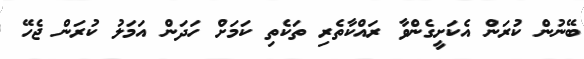
ބޭނުން ކުރަން އެކަށީގެންވާ ރައްކާތެރި ތަކެތި ކަމަށް ހަދަން އަމަލު ކުރަން ޖެހޭ